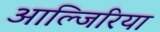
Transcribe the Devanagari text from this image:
आल्जिरिया